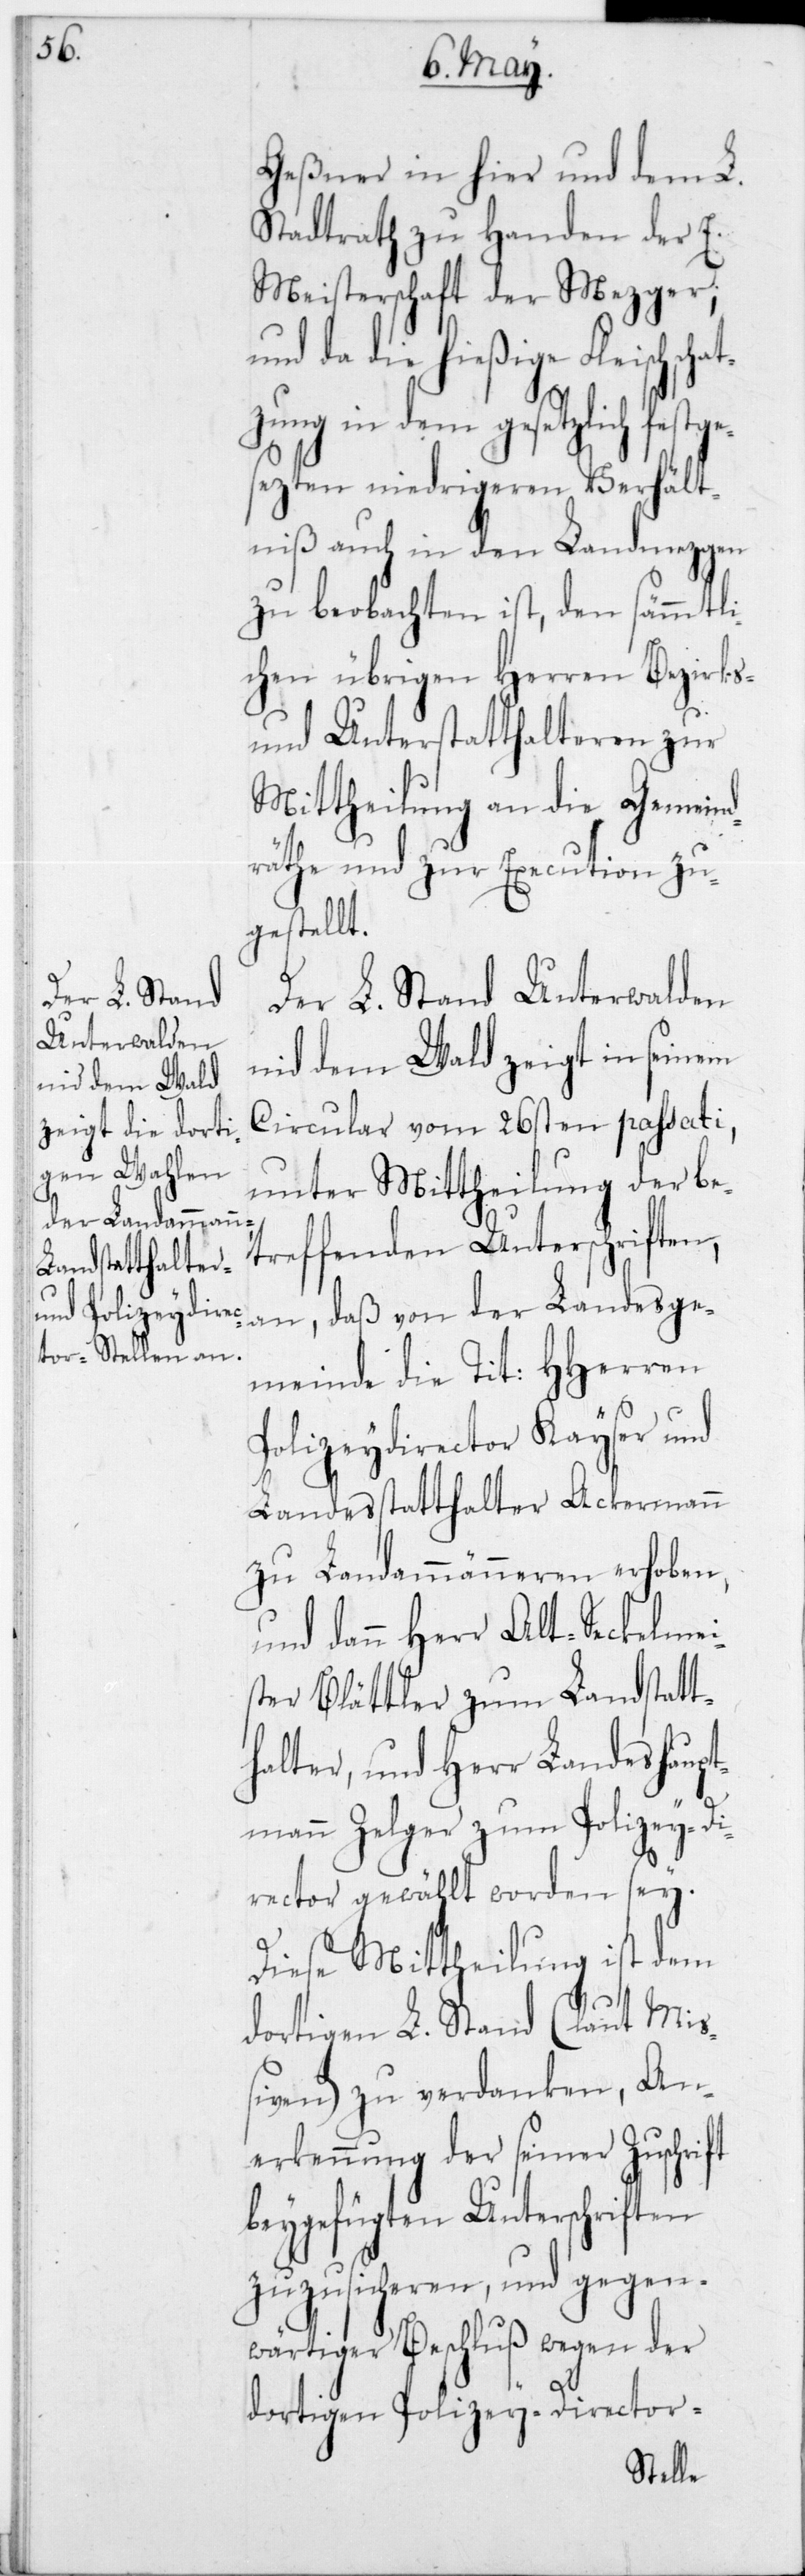
Geßner in hier und dem L.
Stadtrath zu Handen der E.
Meisterschaft der Mezger,
und da die hießige Fleischschat¬
zung in dem gesetzlich festg¬
esetzten niedrigeren Verhält¬
niß auch in den Landmezgen
zu beobachten ist, den sämmtli¬
chen übrigen Herren Bezirks-
und Unterstatthalteren zur
Mittheilung an die Gemeind¬
räthe und zur Execution zu¬
gestellt.
Der L. Stand Unterwalden
nid dem Wald zeigt in seinem
Circular vom 26sten passati,
unter Mittheilung der be¬
treffenden Unterschriften,
an, daß von der Landesge¬
meinde die Tit. HHerren
Polizeydirector Kayser und
Landesstatthalter Ackermann
zu Landammänneren erhoben,
und dann Herr Alt-Seckelmei¬
ster Blättler zum Landstatt¬
halter, und Herr Landeshaupt¬
mann Zelger zum Polizey-Di¬
rector gewählt worden sey.
Diese Mittheilung ist dem
dortigen L. Stand (laut Mi¬
ßiven) zu verdanken, An¬
erkennung der seiner Zuschrift
beygefügten Unterschriften
zuzusicheren, und gegen¬
wärtiger Beschluß wegen der
dortigen Polizey-Director-